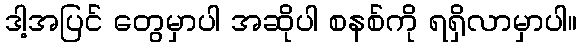
ဒါ့အပြင် တွေမှာပါ အဆိုပါ စနစ်ကို ရရှိလာမှာပါ။